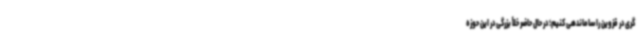
گری در قزوین را ساماندهی کنیم؛ در حال حاضر خلأ بزرگی در این حوزه